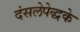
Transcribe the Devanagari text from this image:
दंसलेपेद्धके